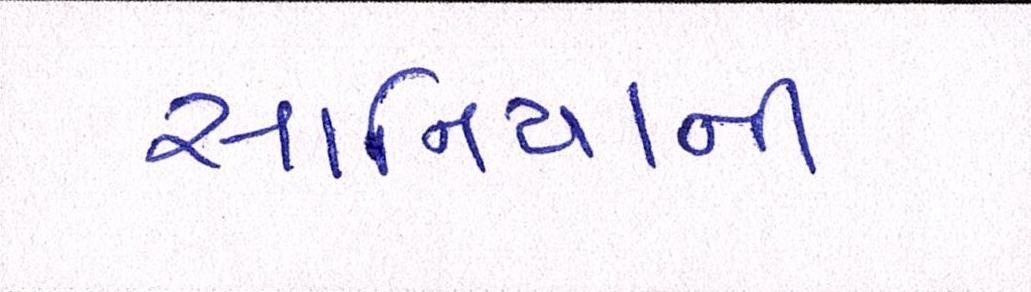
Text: સાનિયાની